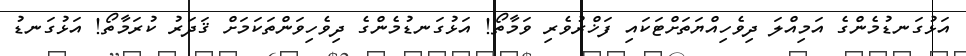
އަޅުގަނޑުމެންގެ އަމިއްލަ ދިވެހިއްޔަތަށްޓަކައި ފަޚްރުވެރި ވަމާތޯ! އަޅުގަނޑުމެންގެ ދިވެހިވަންތަކަމަށް ޤަދަރު ކުރަމާތޯ! އަޅުގަނޑު